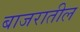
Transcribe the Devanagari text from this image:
बाजरातील